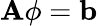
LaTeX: \mathbf{A}\phi=\mathbf{b}